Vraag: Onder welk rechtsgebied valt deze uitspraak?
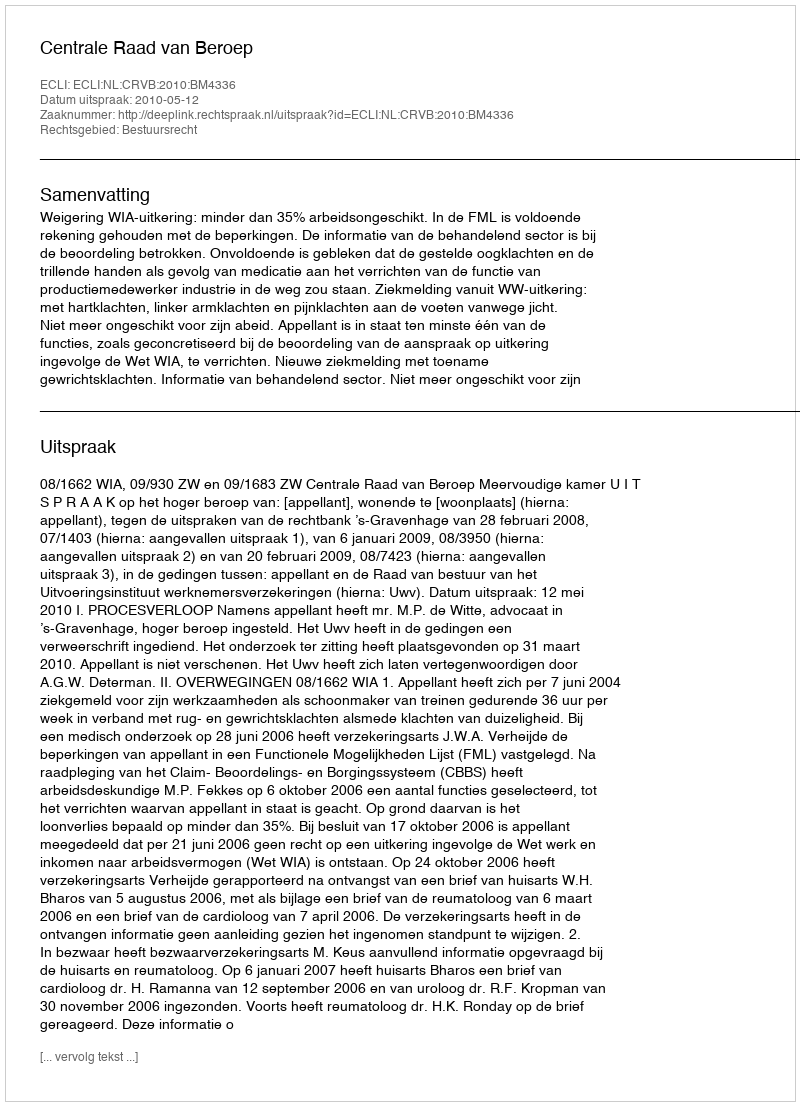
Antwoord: Bestuursrecht